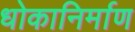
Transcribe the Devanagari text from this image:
धोकानिर्माण